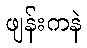
ဖျန်းကနဲ